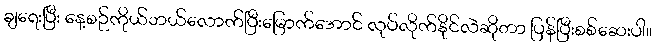
ချရေးပြီး နေ့စဉ်ကိုယ်ဘယ်လောက်ပြီးမြောက်အောင် လုပ်လိုက်နိုင်လဲဆိုတာ ပြန်ပြီးစစ်ဆေးပါ။